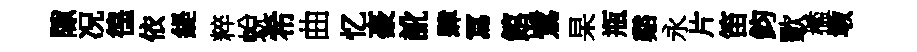
隙况徨依緹粹蛻希曲忆豪訛肆冩館鷺杲瓶谿永片笛鈞歜檻墩